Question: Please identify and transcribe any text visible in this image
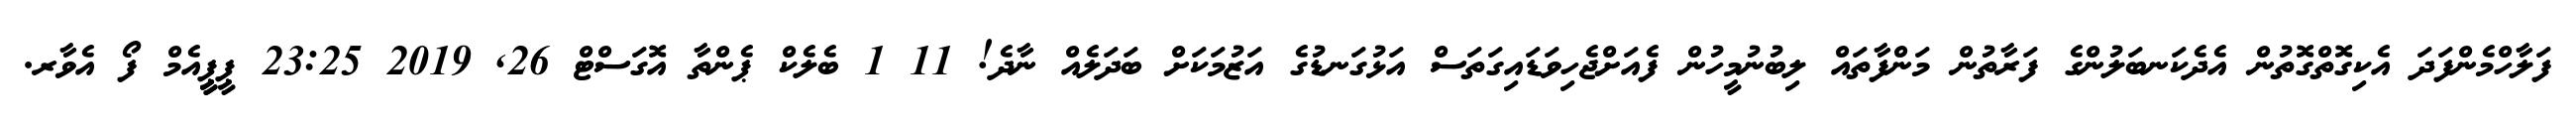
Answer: ފަލާހްމެންފަދަ އެކިގޮތްގޮތުން އެދެކަނބަލުންގެ ފަރާތުން މަންފާތައް ލިބުނުމީހުން ފެއަށްޖެހިވަޑައިގަތަސް އަޅުގަނޑުގެ އަޒުމަކަށް ބަދަލެއް ނާދެ! 11 1 ބެލެކް ޕެންތާ އޮގަސްޓް 26, 2019 23:25 ޕީޕީީއެމް ފޯ އެވާރ.